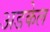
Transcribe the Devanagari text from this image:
अडकेल